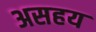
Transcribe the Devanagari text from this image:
असहय